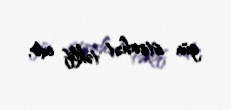
gün istirahət təklif edir.